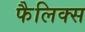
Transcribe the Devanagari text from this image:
फैलिक्स